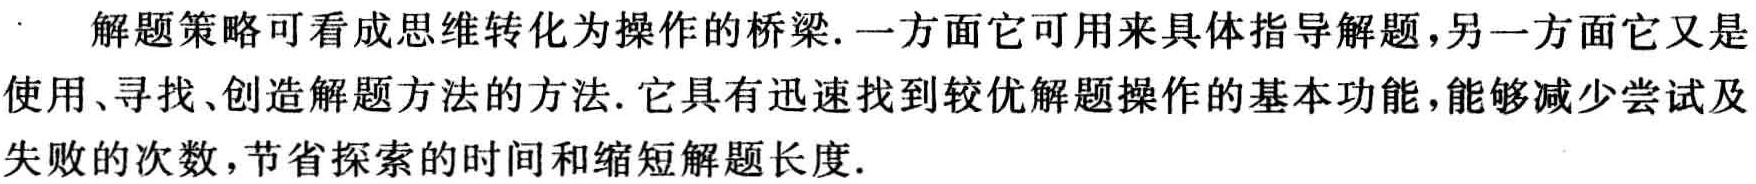
解题策略可看成思维转化为操作的桥梁. 一方面它可用来具体指导解题,另一方面它又是使用、寻找、创造解题方法的方法. 它具有迅速找到较优解题操作的基本功能,能够减少尝试及失败的次数,节省探索的时间和缩短解题长度.